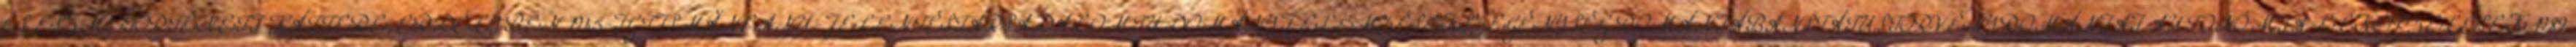
ÉS ESZMETÖRTÉNETI HÁTTERE, ERDÉLYBEN 1945-IGTISMĂNEANU-JELENTÉSTÁRSADALOMTUDOMÁNYI ELEMZÉSEKSZEGÉNYSÉG ROMÁNIÁBANSTÁTUSTÖRVÉNYROMÁNIAI AUTONÓMIA-ELKÉPZELÉSEK 1989